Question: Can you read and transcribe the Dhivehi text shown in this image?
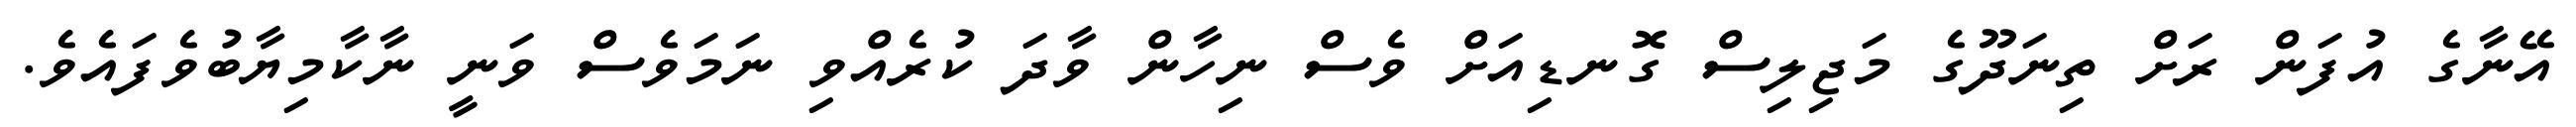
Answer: އޭނާގެ އުފަން ރަށް ތިނަދޫގެ މަޖިލިސް ގޮނޑިއަށް ވެސް ނިހާން ވާދަ ކުރެއްވި ނަމަވެސް ވަނީ ނާކާމިޔާބުވެފައެވެ.